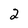
Character: 2